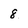
Character: 8